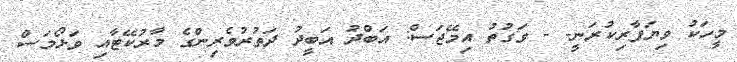
މީހަކު ވިޔަފާރިކުރަނީ- - ވަގުތު އިމޭޖަސް: އަބްދު އަބީދު ދަތުރުވެރިންގެ މާރުކޭޓާއި ވަޅޯމަސް